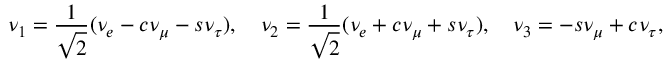
\nu _ { 1 } = { \frac { 1 } { \sqrt 2 } } ( \nu _ { e } - c \nu _ { \mu } - s \nu _ { \tau } ) , ~ ~ ~ \nu _ { 2 } = { \frac { 1 } { \sqrt 2 } } ( \nu _ { e } + c \nu _ { \mu } + s \nu _ { \tau } ) , ~ ~ ~ \nu _ { 3 } = - s \nu _ { \mu } + c \nu _ { \tau } ,